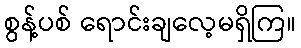
စွန့်ပစ် ရောင်းချလေ့မရှိကြ။